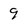
Character: 9